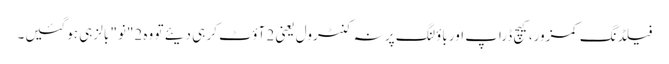
فیلڈنگ کمزور، کیچ ڈراپ اور باؤلنگ پر نہ کنٹرول یعنی 2 آؤٹ کر ہی دیئے تو وہ 2"نو" بالز ہی ہوگئیں۔